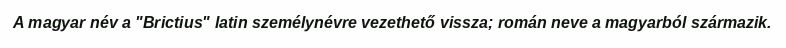
A magyar név a "Brictius" latin személynévre vezethető vissza; román neve a magyarból származik.